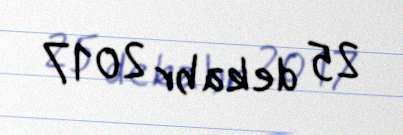
25 dekabr 2017